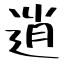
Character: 逍